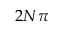
2 N \pi